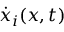
\dot { x } _ { i } ( x , t )